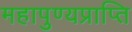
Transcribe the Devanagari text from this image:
महापुण्यप्राप्ति